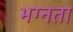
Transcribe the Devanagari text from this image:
भग्नता